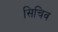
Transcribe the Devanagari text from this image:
सिचिव